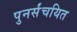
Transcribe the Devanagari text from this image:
पुनर्संचयित